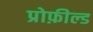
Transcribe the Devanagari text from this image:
प्रोफ़ील्ड